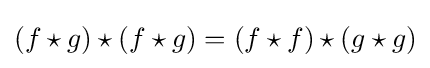
\left(f\star g\right)\star \left(f\star g\right)=\left(f\star f\right)\star \left(g\star g\right)